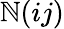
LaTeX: \mathbb{N}(ij)